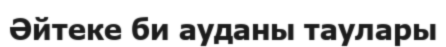
Әйтеке би ауданы таулары